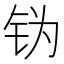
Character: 𬬶